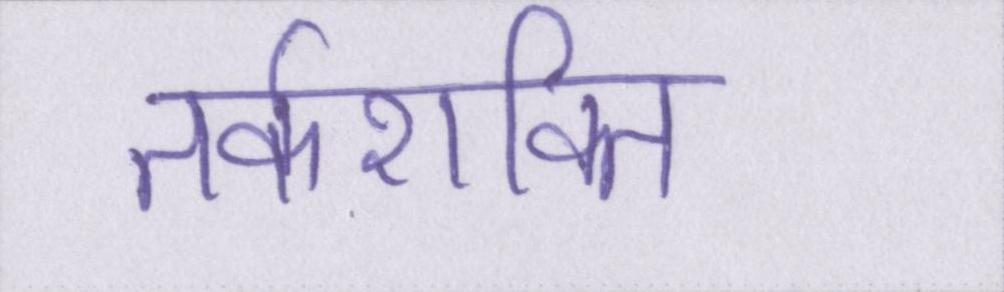
तर्कशक्ति